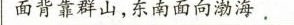
面背靠群山，东南面向渤海